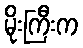
မိုးကြီးက